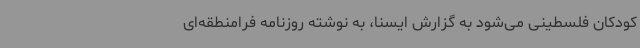
کودکان فلسطینی می‌شود به گزارش ایسنا، به نوشته روزنامه فرامنطقه‌ای